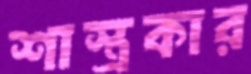
শাস্ত্রকার